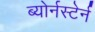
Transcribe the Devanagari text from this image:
ब्योर्नस्टेर्न